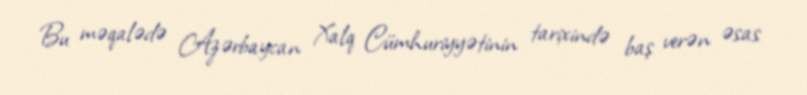
Bu məqalədə Azərbaycan Xalq Cümhuriyyətinin tarixində baş verən əsas